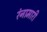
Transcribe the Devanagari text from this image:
रंनामारी